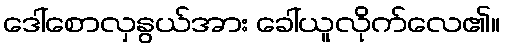
ဒေါ်စောလှနွယ်အား ခေါ်ယူလိုက်လေ၏။